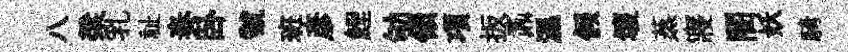
八梁乳祉奏卧虢班彦鯉劬領項扳鼒濕假壞蒸寢闇妖騎